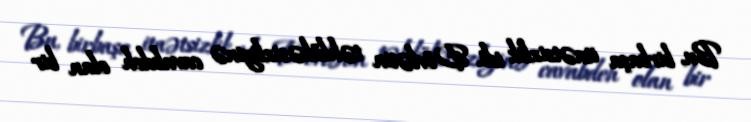
Bu, birbaşa itaətsizlik idi. Dövlətin təhlükəsizliyinə cavabdeh olan bir